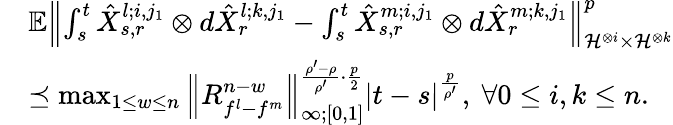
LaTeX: \begin{array}{rl}&{\mathbb{E}{\left\lVert{\int_{s}^{t}\hat{X}_{s,r}^{l;i,j_{1}}\otimes d\hat{X}_{r}^{l;k,j_{1}}-\int_{s}^{t}\hat{X}_{s,r}^{m;i,j_{1}}\otimes d\hat{X}_{r}^{m;k,j_{1}}}\right\rVert}_{\mathcal{H}^{\otimes i}\times\mathcal{H}^{\otimes k}}^{p}}\\ &{\preceq\operatorname*{max}_{1\leq w\leq n}{\left\lVert{R_{f^{l}-f^{m}}^{n-w}}\right\rVert}_{\infty;[0,1]}^{\frac{\rho^{\prime}-\rho}{\rho^{\prime}}\cdot\frac{p}{2}}\left|t-s\right|^{\frac{p}{\rho^{\prime}}},\ \forall 0\leq i,k\leq n.}\end{array}